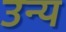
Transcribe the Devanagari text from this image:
उन्य